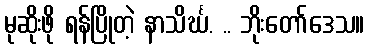
မုဆိုးဖို ရန်ပြိုတဲ့ နာသိင်္ဃ. .. ဘိုးတော်ဒေသ။